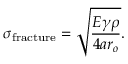
\sigma _ { \mathrm { f r a c t u r e } } = { \sqrt { \frac { E \gamma \rho } { 4 a r _ { o } } } } .